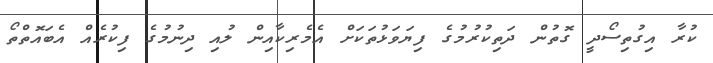
ކުރާ އިގުތިސޯދީ ގޮތުން ދަތިކުރުމުގެ ފިޔަވަޅުތަކަށް އެމެރިކާއިން ލުއި ދިނުމުގެ ފިކުރެއް އެބައޮތްތޯ